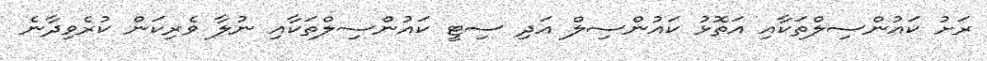
ރަށު ކައުންސިލްތަކާއި އަތޮޅު ކައުންސިލް އަދި ސިޓީ ކައުންސިލްތަކާއި ނުލާ ވެރިކަން ކުރެވިދާނެ